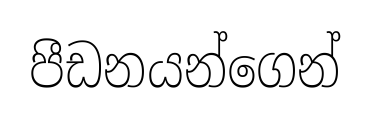
පීඩනයන්ගෙන්